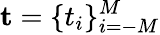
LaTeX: \mathbf{t}=\{ t_{i}\} _{i=-M}^{M}